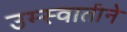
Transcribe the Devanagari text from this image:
उम्स्वातीने